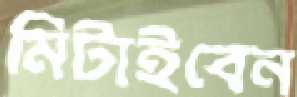
মিটাইবেন